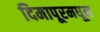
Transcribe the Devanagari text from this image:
दिमापूरमधून